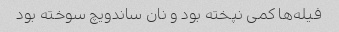
فیله‌ها کمی نپخته بود و نان ساندویچ سوخته بود